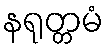
နရုတ္တမံ